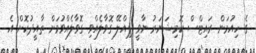
ގެ ހިއުމަން ރައިޓްސް ކޮމިޝަނަރު ނާވީ ޕިއްލޭ ގޮވާލެއްވި ގޮވާލެއްވުމަށް ތާއީދުކޮށް އެ